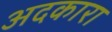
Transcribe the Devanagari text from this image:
अदकारा